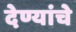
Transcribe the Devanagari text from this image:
देण्यांचे